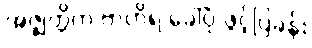
အဇ္ဈတ္တိက ဗာဟိရ ခေါ်ပုံ ဖွင့်ပြခန်း